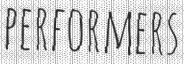
PERFORMERS